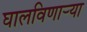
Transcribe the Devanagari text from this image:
घालविणार्‍या